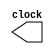
module gen_clk (clock);

output clock;
reg clock;

initial begin
clock = 2;
end

always begin
 #20 clock = !clock;
end

endmodule